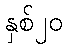
နှစ်၂၀